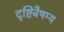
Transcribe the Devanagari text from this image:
दृष्टिबैषम्य